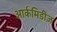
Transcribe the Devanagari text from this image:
आर्कमिडीज़